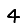
Digit: 4